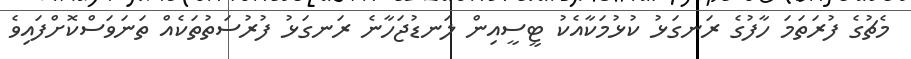
މެޗުގެ ފުރަތަމަ ހާފުގެ ރަނގަޅު ކުޅުމަކާއެކު ޓީސީއިން ލަނޑުޖަހާނެ ރަނގަޅު ފުރުސަތުތަކެއް ތަނަވަސްކޮށްފައިވެ